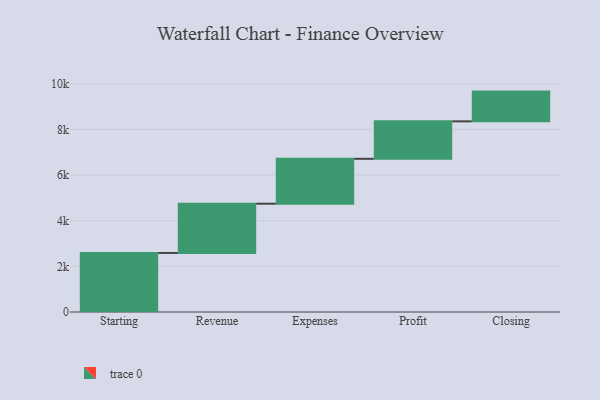
{"axis": {"x": "Step", "y": "Value"}, "legend": [""], "data": [{"x": "Starting", "y": 2587.0, "type": ""}, {"x": "Revenue", "y": 2158.0, "type": ""}, {"x": "Expenses", "y": 1967.0, "type": ""}, {"x": "Profit", "y": 1641.0, "type": ""}, {"x": "Closing", "y": 1304.0, "type": ""}]}